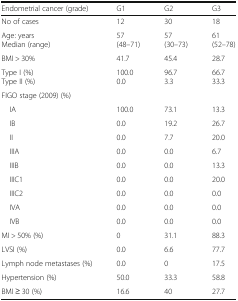
<table><thead><tr><td><b>Endometrial cancer (grade)</b></td><td><b>G1</b></td><td><b>G2</b></td><td><b>G3</b></td></tr></thead><tbody><tr><td>No of cases</td><td>12</td><td>30</td><td>18</td></tr><tr><td>Age: yearsMedian (range)</td><td>57(48–71)</td><td>57(30–73)</td><td>61(52–78)</td></tr><tr><td>BMI &gt; 30%</td><td>41.7</td><td>45.4</td><td>28.7</td></tr><tr><td>Type I (%)Type II (%)</td><td>100.00.0</td><td>96.73.3</td><td>66.733.3</td></tr><tr><td colspan="4">FIGO stage (2009) (%)</td></tr><tr><td> IA</td><td>100.0</td><td>73.1</td><td>13.3</td></tr><tr><td> IB</td><td>0.0</td><td>19.2</td><td>26.7</td></tr><tr><td> II</td><td>0.0</td><td>7.7</td><td>20.0</td></tr><tr><td> IIIA</td><td>0.0</td><td>0.0</td><td>6.7</td></tr><tr><td> IIIB</td><td>0.0</td><td>0.0</td><td>13.3</td></tr><tr><td> IIIC1</td><td>0.0</td><td>0.0</td><td>20.0</td></tr><tr><td> IIIC2</td><td>0.0</td><td>0.0</td><td>0.0</td></tr><tr><td> IVA</td><td>0.0</td><td>0.0</td><td>0.0</td></tr><tr><td> IVB</td><td>0.0</td><td>0.0</td><td>0.0</td></tr><tr><td>MI &gt; 50% (%)</td><td>0</td><td>31.1</td><td>88.3</td></tr><tr><td>LVSI (%)</td><td>0.0</td><td>6.6</td><td>77.7</td></tr><tr><td>Lymph node metastases (%)</td><td>0.0</td><td>0</td><td>17.5</td></tr><tr><td>Hypertension (%)</td><td>50.0</td><td>33.3</td><td>58.8</td></tr><tr><td>BMI ≥ 30 (%)</td><td>16.6</td><td>40</td><td>27.7</td></tr></tbody></table>